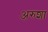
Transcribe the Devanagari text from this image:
अरुशा